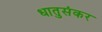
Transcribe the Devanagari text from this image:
धातुसंकर